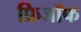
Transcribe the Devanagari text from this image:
फ्रिजॉफ